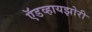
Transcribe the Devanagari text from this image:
ऍडव्हायझोरी